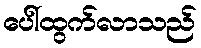
ပေါ်ထွက်လာသည်